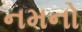
નમનો